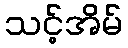
သင့်အိမ်